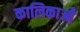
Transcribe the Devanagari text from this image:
कालिकाओं